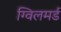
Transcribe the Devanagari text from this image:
ग्विलमर्ड